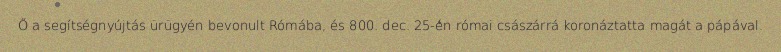
Ő a segítségnyújtás ürügyén bevonult Rómába, és 800. dec. 25-én római császárrá koronáztatta magát a pápával.